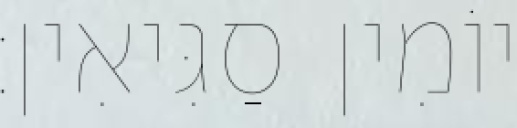
יוֹמִין סַגִּיאִין׃